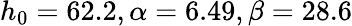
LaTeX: h_{0}=62.2,\alpha=6.49,\beta=28.6